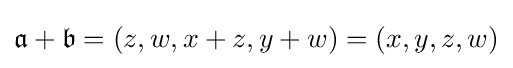
{\mathfrak {a}}+{\mathfrak {b}}=(z,w,x+z,y+w)=(x,y,z,w)